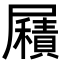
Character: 𡳮